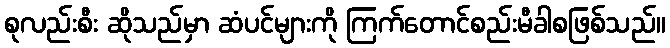
စုလည်းစီး ဆိုသည်မှာ ဆံပင်များကို ကြက်တောင်စည်းမီခါစဖြစ်သည်။